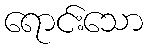
ရောင်းသော